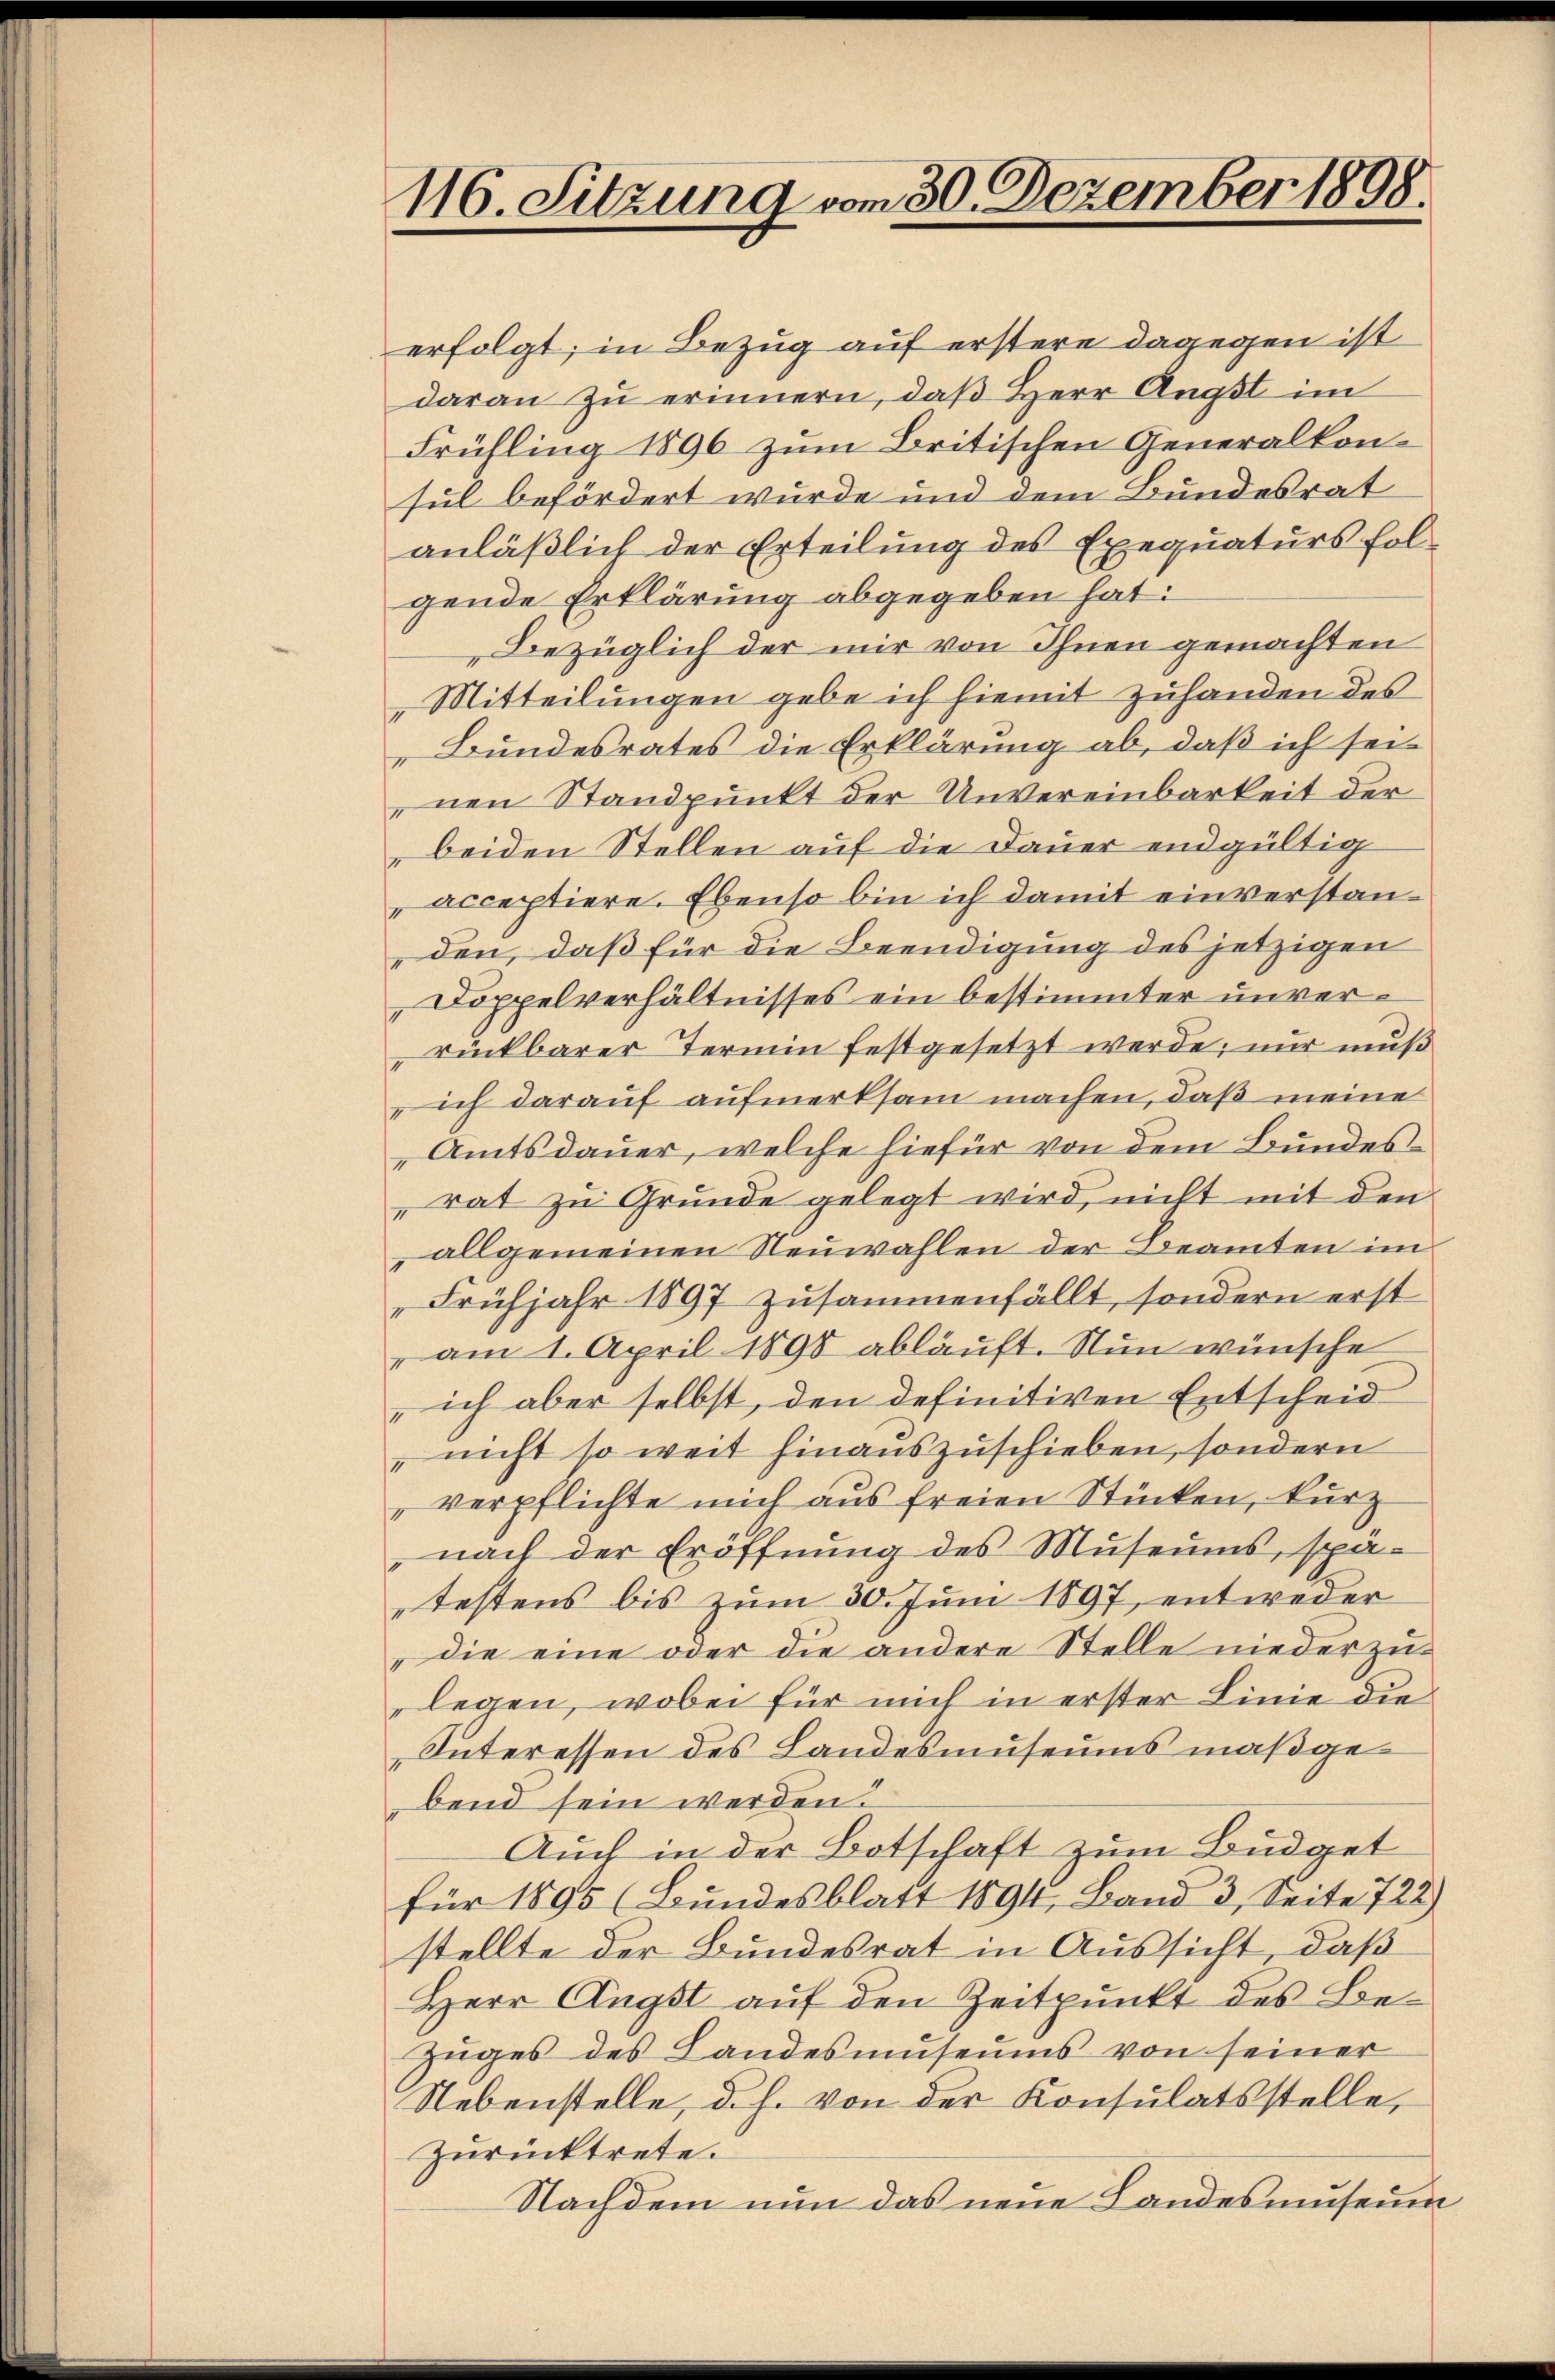
116. Sitzung vom 30. Dezember 1898.

erfolgt; in Bezug auf erstere dagegen ist
daran zu erinnern, daß Herr Angst im
Frühling 1896 zum Britischen Generalkonsul befördert wurde und dem Bundesrat
anläßlich der Erteilung des Exequaturs folgende Erklärung abgegeben hat:
Bezüglich der mir von Ihnen gemachten
Mitteilungen gebe ich hiemit zuhanden des
Bundesrates die Erklärung ab, daß ich seinen Standpunkt der Unvereinbarkeit der
beiden Stellen auf die Dauer endgültig
acceptiere. Ebenso bin ich damit einverstanden, daß für die Beendigung des jetzigen
Doppelverhältnisses ein bestimmter unverrückbarer Termin festgesetzt werde; nur muß
ich darauf aufmerksam machen, daß meine
Amtsdauer, welche hiefür von dem Bundesrat zu Grunde gelegt wird, nicht mit den
„allgemeinen Neuwahlen der Beamten im
Frühjahr 1897 zusammenfällt, sondern erst
" am 1. April 1898 abläuft. Nun wünsche
 ich aber selbst, den definitiven Entscheid
" nicht so weit hinauszuschieben, sondern
verpflichte mich aus freien Stücken, kurz
nach der Eröffnung des Museums, spä-
testens bis zum 30. Juni 1897, entweder
die eine oder die andere Stelle niederzulegen, wobei für mich in erster Linie die
Interessen des Landesmuseums maßgebend sein werden.
Auch in der Botschaft zum Büdget
für 1895 (Bundesblatt 1894, Band 3, Seite 722)
stellte der Bundesrat in Aussicht, daß
Herr Angst auf den Zeitpunkt des Be¬
Zuges des Landesmuseums von seiner
Nebenstelle, d. h. von der Konsulatsstelle,
Zurücktrete.
Nachdem nun das neue Landesmuseum